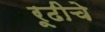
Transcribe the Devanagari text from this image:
रूढीचे